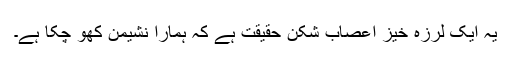
یہ ایک لرزہ خیز اعصاب شکن حقیقت ہے کہ ہمارا نشیمن کھو چکا ہے۔